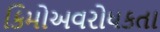
કિમોઅવરોધકતા